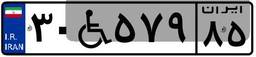
۱۵W۸۲۵۶۹